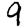
Digit: 9